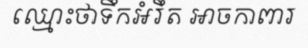
ឈ្មោះថាទឹកអំរឹត អាចកាពារ